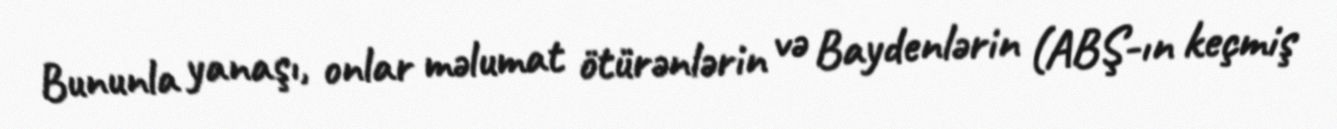
Bununla yanaşı, onlar məlumat ötürənlərin və Baydenlərin (ABŞ-ın keçmiş